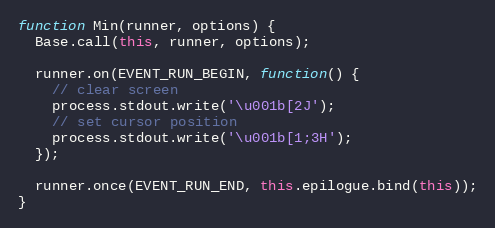
Language: JavaScript
function Min(runner, options) {
  Base.call(this, runner, options);

  runner.on(EVENT_RUN_BEGIN, function() {
    // clear screen
    process.stdout.write('\u001b[2J');
    // set cursor position
    process.stdout.write('\u001b[1;3H');
  });

  runner.once(EVENT_RUN_END, this.epilogue.bind(this));
}